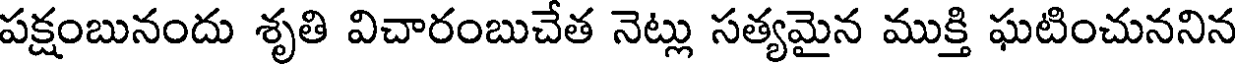
పక్షంబునందు శృతి విచారంబుచేత నెట్లు సత్యమైన ముక్తి ఘటించుననిన